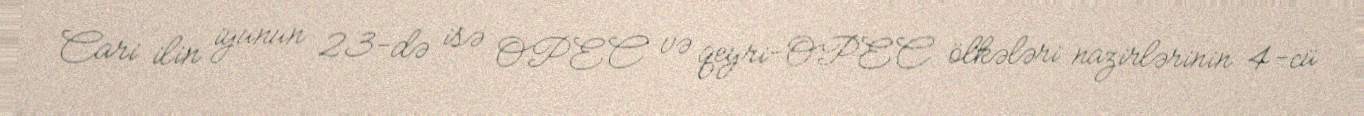
Cari ilin iyunun 23-də isə OPEC və qeyri-OPEC ölkələri nazirlərinin 4-cü